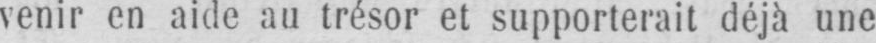
venir en aide au trésor et supporterait déjà une